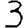
Digit: 3